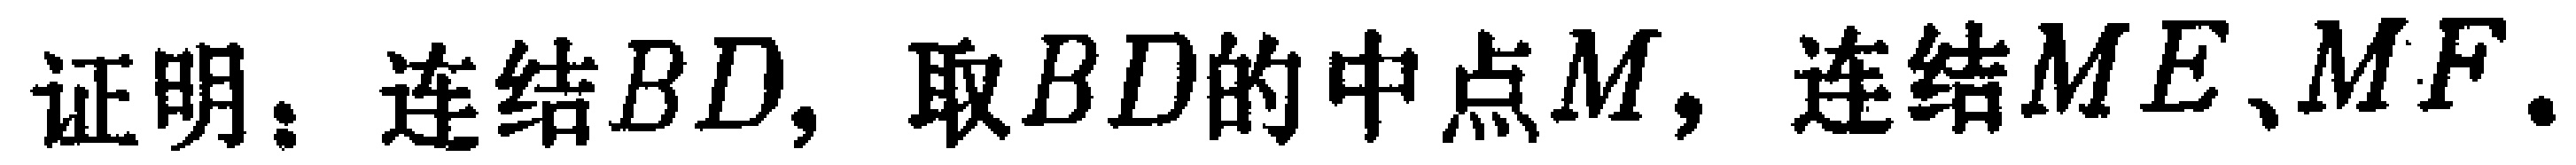
证明：连结$BD$，取$BD$的中点$M$，连结$ME$、$MF$.